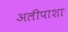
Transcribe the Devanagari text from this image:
अलीपाशा